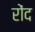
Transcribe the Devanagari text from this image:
रोंद